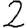
Digit: 2